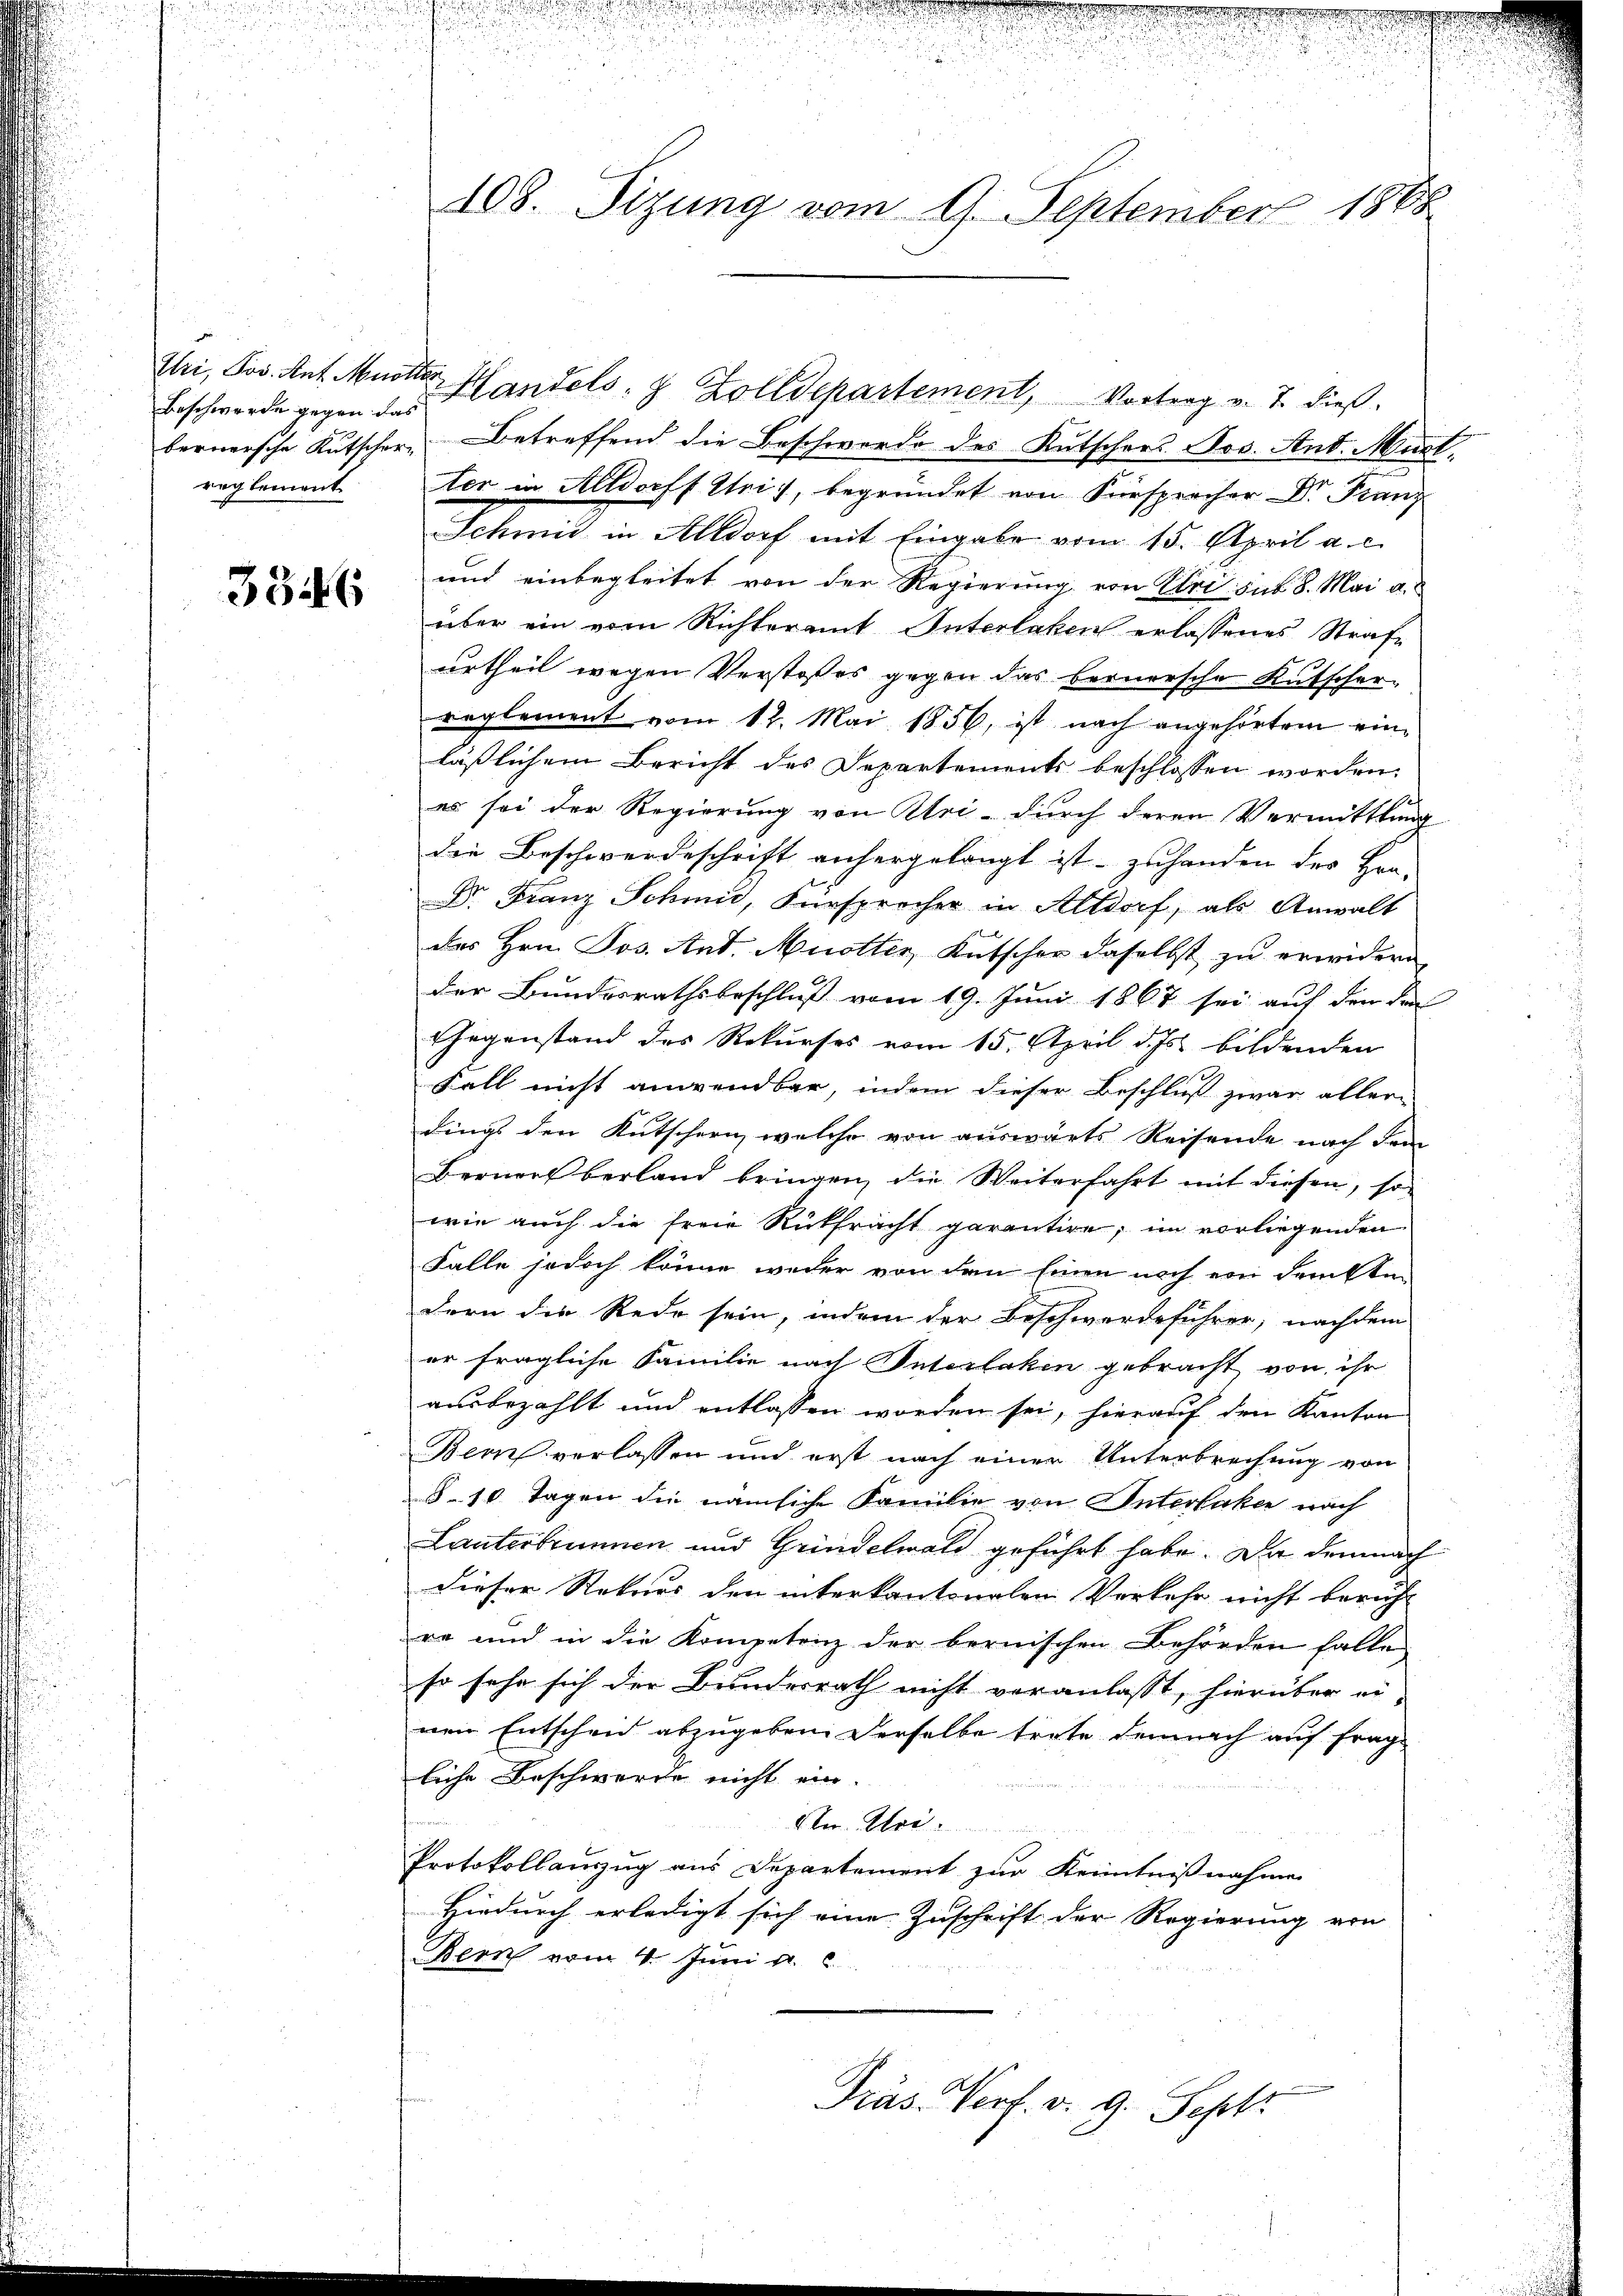
Beschwerde gegen das
reglement

3346

108. Sizung vom 9. September 1888

Uri, Jos. Ant. Mutter Handels- & Zolldepartement, Vortrag v. J. dies
bernersche Kutscher Betreffend die Beschwerde des Kutschers Jos. Ant. Mart.
ter in Altdorff Uri, begründet von Fürsprecher Dr Franz
Schmid in Altdorf mit Eingabe vom 15. April a. c.
und einbegleitet von der Regierung von Uri sub. 8. Mai a.
über ein vom Richteramt Interlaken erlassenes Strafe
urtheil wegen Verstoßes gegen das bernersche Kutscher-
reglement vom 12. Mai 1856, ist nach angehörtem einläßlichem Bericht des Departements beschlossen worden,
es sei der Regierung von Uri durch deren Vermittlung
die Beschwerdeschrift anhergelangt ist. zuhanden des Her-
Dr. Franz Schmid, Fürsprecher in Altdorf, als Anwalt
des Hrn. Jos. Ant. Mutter, Kutscher daselbst zu erwidern
der Bundesrathsbeschluß vom 19. Juni 1867 sei auf den den
Gegenstand des Rekurses vom 15. April d. Js. bildenden
Fall nicht anwendbar, indem dieser Beschluß zwar aller-
dings den Kutschern, welche von auswärts Reisende nach dem
Berners berland bringen, die Weiterfahrt mit diesen, so
wie auch die freie Rückfracht garantire, im vorliegenden
Falle jedoch könne weder von den Einen noch ein denkten
dern die Rede sein, indem der Beschwerdeführer, nachdem
er fragliche Familie nach Interlaken gebracht von ihr
ausbezahlt und entlassen worden sei, hierauf den Kanton
Bern verlassen und erst nach einer Unterbrechung von
5-10 Tagen die nämliche Familie von Interlaken nach
Lanterbrunnen und Grindelwald geführt habe. Da demnach
dieser Rekurs den interkantonalen Verkehr nicht beruht
re und in die Kompetenz der bernischen Behörden falle
so sehe sich der Bundesrath nicht veranlasst, hierüber ei-
wein Entscheid abzugeben. Derselbe trete demnach auf frage
liche Beschwerde nicht ein.
Ver. Art.
Protokollauszug aus Departement zur Kenntnißnahme
Hiedurch erledigt sich eine Zuschrift der Regierung von
Bern vom 4. Juni a.
Präs. Verf. v. 9. Sept